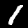
Digit: 1